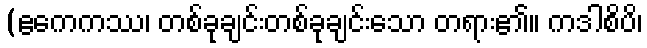
(ဧကေကဿ၊ တစ်ခုချင်းတစ်ခုချင်းသော တရား၏။ ကဒါစိပိ၊